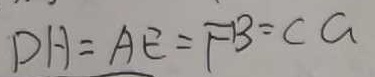
D H = A E = F B = c a